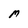
Character: M